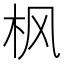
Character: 枫